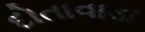
દોતાવાડા